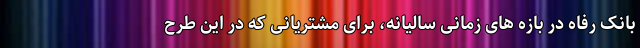
بانک رفاه در بازه های زمانی سالیانه، برای مشتریانی که در این طرح